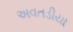
અવતડીયા